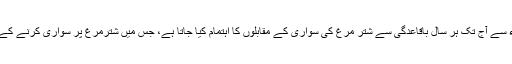
امریکی ریاست ایری زونا میں 1988ء سے آج تک ہر سال باقاعدگی سے شتر مرغ کی سواری کے مقابلوں کا اہتمام کیا جاتا ہے، جس میں شترمرغ پر سواری کرنے کے شوقین زوروشور سے حصہ لیتے ہیں۔